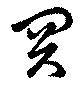
関